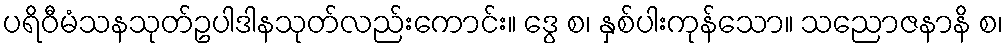
ပရိဝီမံသနသုတ်ဥပါဒါနသုတ်လည်းကောင်း။ ဒွေ စ၊ နှစ်ပါးကုန်သော။ သညောဇနာနိ စ၊